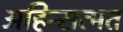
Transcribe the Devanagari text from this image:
अहिन्सत्मत